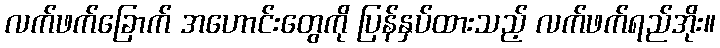
လက်ဖက်ခြောက် အဟောင်းတွေကို ပြန်နှပ်ထားသည့် လက်ဖက်ရည်အိုး။